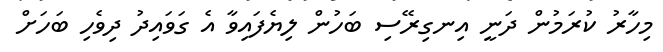
މިހާރު ކުރަމުން ދަނީ އިނގިރޭސި ބަހުން ލިޔެފައިވާ އެ ގަވައިދު ދިވެހި ބަހަށް